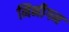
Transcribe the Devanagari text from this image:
मिनीगन